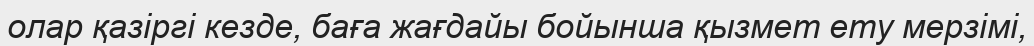
олар қазіргі кезде, баға жағдайы бойынша қызмет ету мерзімі,